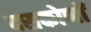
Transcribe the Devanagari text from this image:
दसकोणों